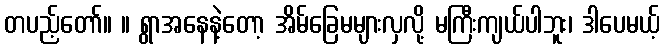
တပည့်တော်။ ။ ရွာအနေနဲ့တော့ အိမ်ခြေမများလှလို့ မကြီးကျယ်ပါဘူး၊ ဒါပေမယ့်